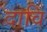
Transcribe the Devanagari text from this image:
दावि